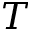
T